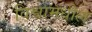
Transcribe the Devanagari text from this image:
विश्वामधील